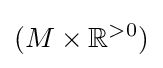
(M\times {\mathbb {R} }^{>0})